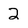
Character: 2